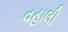
વહાલી